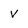
Character: V